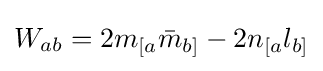
W_{ab}=2m_{[a}{\bar {m}}_{b]}-2n_{[a}l_{b]}